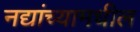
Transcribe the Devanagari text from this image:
नद्यांच्यामधील